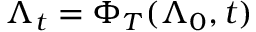
\Lambda _ { t } = \Phi _ { T } ( \Lambda _ { 0 } , t )